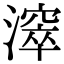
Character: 𣿈